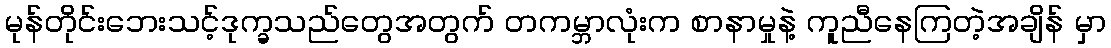
မုန်တိုင်းဘေးသင့်ဒုက္ခသည်တွေအတွက် တကမ္ဘာလုံးက စာနာမှုနဲ့ ကူညီနေကြတဲ့အချိန် မှာ